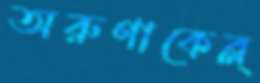
অরুণাকেব্ল্